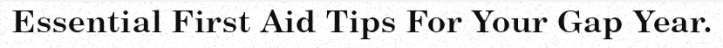
Essential First Aid Tips For Your Gap Year.